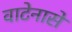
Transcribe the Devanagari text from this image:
वाटेनासे